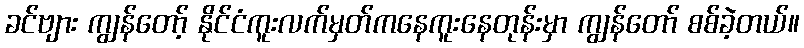
ခင်ဗျား ကျွန်တော့် နိုင်ငံကူးလက်မှတ်ကနေကူးနေတုန်းမှာ ကျွန်တော် စစ်ခဲ့တယ်။